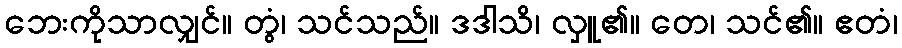
ဘေးကိုသာလျှင်။ တွံ၊ သင်သည်။ ဒဒါသိ၊ လှူ၏။ တေ၊ သင်၏။ ဧတံ၊